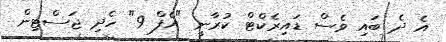
އެ ދެ ބައި ވެސް ޑައިރެކްޓް ކުރާނީ "އެފް 9" ހެދި ޖަސްޓިން